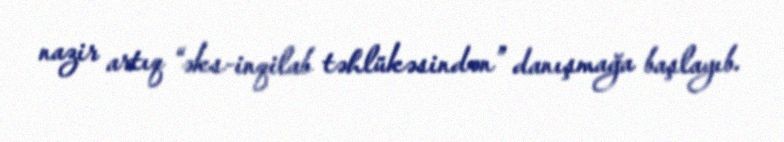
nazir artıq “əks-inqilab təhlükəsindən” danışmağa başlayıb.